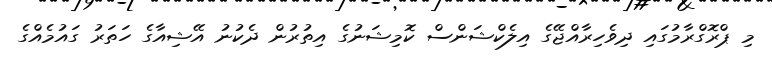
މި ޕްރޮގްރާމުގައި ދިވެހިރާއްޖޭގެ އިލެކްޝަންސް ކޮމިޝަނުގެ އިތުރުން ދެކުނު އޭޝިއާގެ ހަތަރު ގައުމެއްގެ